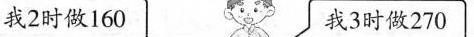
我2时做160 我3时做270